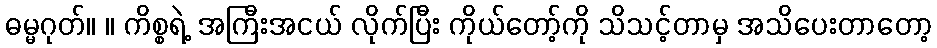
ဓမ္မဂုတ်။ ။ ကိစ္စရဲ့ အကြီးအငယ် လိုက်ပြီး ကိုယ်တော့်ကို သိသင့်တာမှ အသိပေးတာတော့